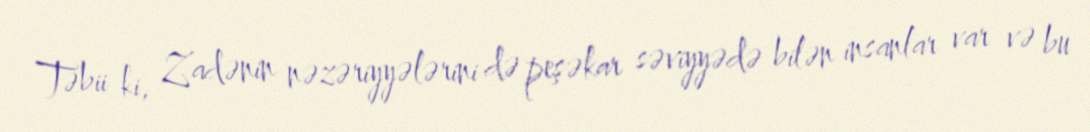
Təbii ki, Zadənin nəzəriyyələrini də peşəkar səviyyədə bilən insanlar var və bu